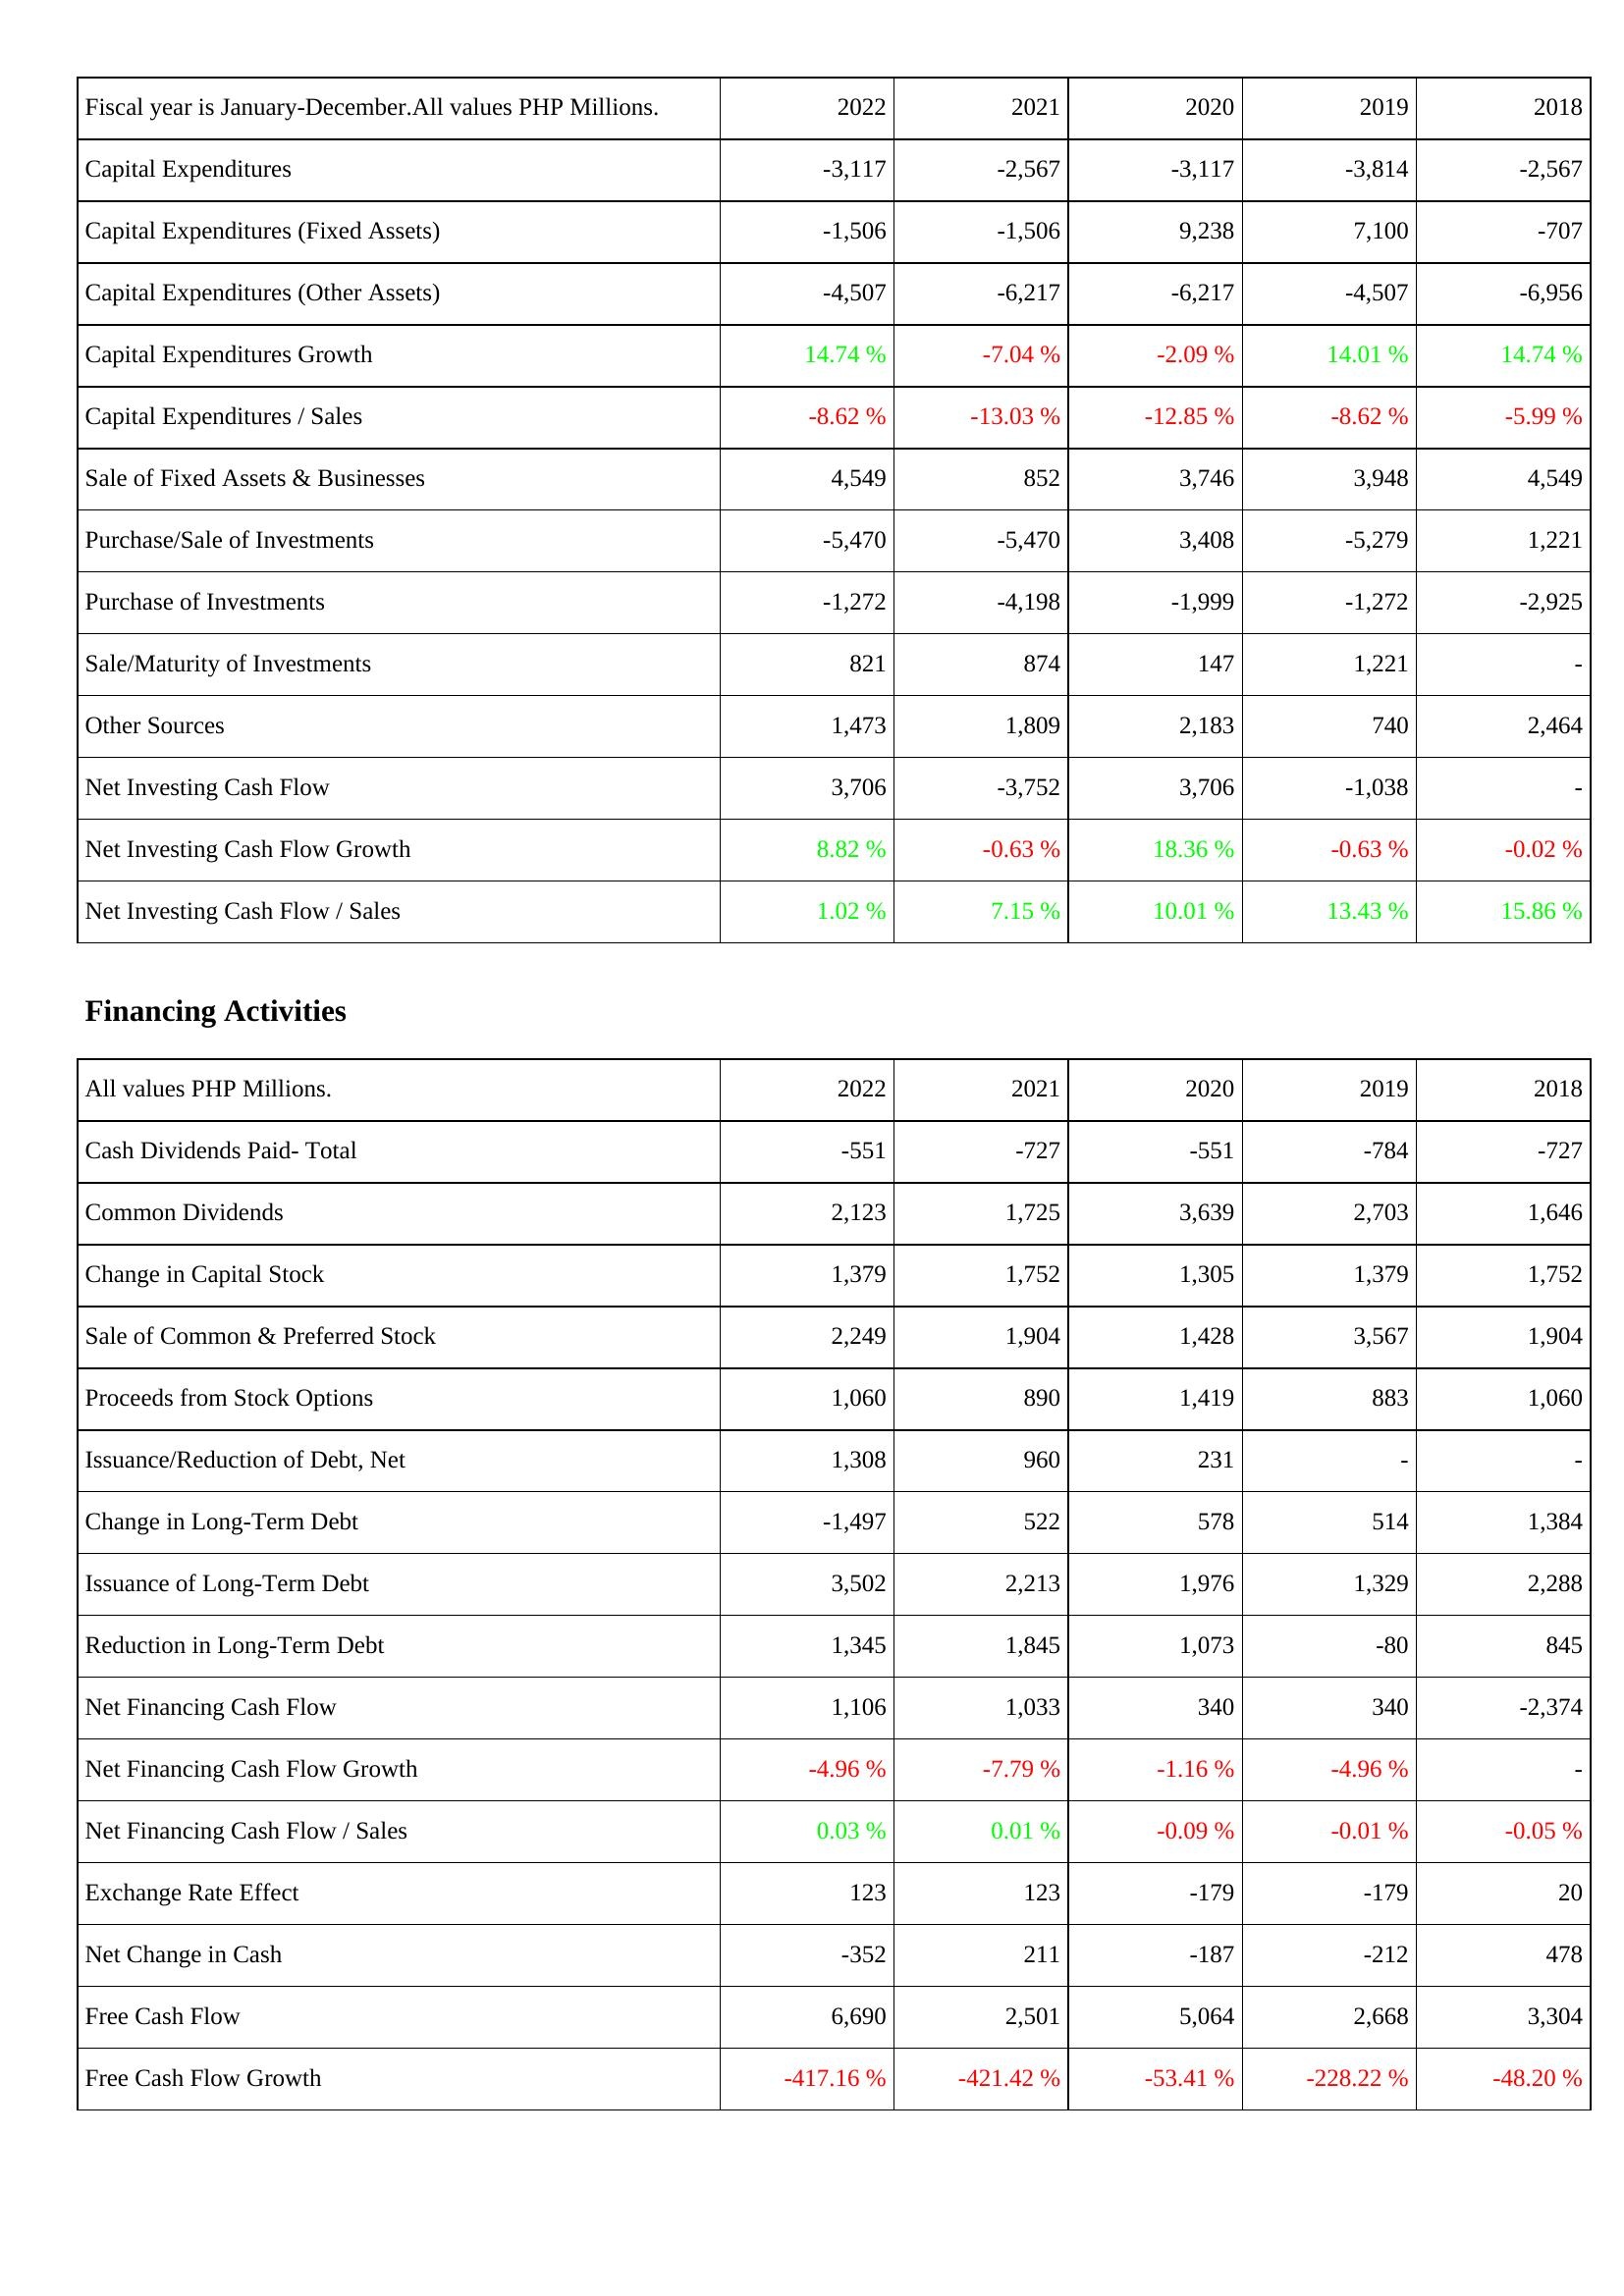
2022: Investing Activities: Capital Expenditures: -3,117
Capital Expenditures (Fixed Assets): -1,506
Capital Expenditures (Other Assets): -4,507
Capital Expenditures Growth: 14.74 %
Capital Expenditures / Sales: -8.62 %
Sale of Fixed Assets & Businesses: 4,549
Purchase/Sale of Investments: -5,470
Purchase of Investments: -1,272
Sale/Maturity of Investments: 821
Other Sources: 1,473
Net Investing Cash Flow: 3,706
Net Investing Cash Flow Growth: 8.82 %
Net Investing Cash Flow / Sales: 1.02 %
Financing Activities: Cash Dividends Paid- Total: -551
Common Dividends: 2,123
Change in Capital Stock: 1,379
Sale of Common & Preferred Stock: 2,249
Proceeds from Stock Options: 1,060
Issuance/Reduction of Debt, Net: 1,308
Change in Long-Term Debt: -1,497
Issuance of Long-Term Debt: 3,502
Reduction in Long-Term Debt: 1,345
Net Financing Cash Flow: 1,106
Net Financing Cash Flow Growth: -4.96 %
Net Financing Cash Flow / Sales: 0.03 %
Exchange Rate Effect: 123
Net Change in Cash: -352
Free Cash Flow: 6,690
Free Cash Flow Growth: -417.16 %
2021: Investing Activities: Capital Expenditures: -2,567
Capital Expenditures (Fixed Assets): -1,506
Capital Expenditures (Other Assets): -6,217
Capital Expenditures Growth: -7.04 %
Capital Expenditures / Sales: -13.03 %
Sale of Fixed Assets & Businesses: 852
Purchase/Sale of Investments: -5,470
Purchase of Investments: -4,198
Sale/Maturity of Investments: 874
Other Sources: 1,809
Net Investing Cash Flow: -3,752
Net Investing Cash Flow Growth: -0.63 %
Net Investing Cash Flow / Sales: 7.15 %
Financing Activities: Cash Dividends Paid- Total: -727
Common Dividends: 1,725
Change in Capital Stock: 1,752
Sale of Common & Preferred Stock: 1,904
Proceeds from Stock Options: 890
Issuance/Reduction of Debt, Net: 960
Change in Long-Term Debt: 522
Issuance of Long-Term Debt: 2,213
Reduction in Long-Term Debt: 1,845
Net Financing Cash Flow: 1,033
Net Financing Cash Flow Growth: -7.79 %
Net Financing Cash Flow / Sales: 0.01 %
Exchange Rate Effect: 123
Net Change in Cash: 211
Free Cash Flow: 2,501
Free Cash Flow Growth: -421.42 %
2020: Investing Activities: Capital Expenditures: -3,117
Capital Expenditures (Fixed Assets): 9,238
Capital Expenditures (Other Assets): -6,217
Capital Expenditures Growth: -2.09 %
Capital Expenditures / Sales: -12.85 %
Sale of Fixed Assets & Businesses: 3,746
Purchase/Sale of Investments: 3,408
Purchase of Investments: -1,999
Sale/Maturity of Investments: 147
Other Sources: 2,183
Net Investing Cash Flow: 3,706
Net Investing Cash Flow Growth: 18.36 %
Net Investing Cash Flow / Sales: 10.01 %
Financing Activities: Cash Dividends Paid- Total: -551
Common Dividends: 3,639
Change in Capital Stock: 1,305
Sale of Common & Preferred Stock: 1,428
Proceeds from Stock Options: 1,419
Issuance/Reduction of Debt, Net: 231
Change in Long-Term Debt: 578
Issuance of Long-Term Debt: 1,976
Reduction in Long-Term Debt: 1,073
Net Financing Cash Flow: 340
Net Financing Cash Flow Growth: -1.16 %
Net Financing Cash Flow / Sales: -0.09 %
Exchange Rate Effect: -179
Net Change in Cash: -187
Free Cash Flow: 5,064
Free Cash Flow Growth: -53.41 %
2019: Investing Activities: Capital Expenditures: -3,814
Capital Expenditures (Fixed Assets): 7,100
Capital Expenditures (Other Assets): -4,507
Capital Expenditures Growth: 14.01 %
Capital Expenditures / Sales: -8.62 %
Sale of Fixed Assets & Businesses: 3,948
Purchase/Sale of Investments: -5,279
Purchase of Investments: -1,272
Sale/Maturity of Investments: 1,221
Other Sources: 740
Net Investing Cash Flow: -1,038
Net Investing Cash Flow Growth: -0.63 %
Net Investing Cash Flow / Sales: 13.43 %
Financing Activities: Cash Dividends Paid- Total: -784
Common Dividends: 2,703
Change in Capital Stock: 1,379
Sale of Common & Preferred Stock: 3,567
Proceeds from Stock Options: 883
Issuance/Reduction of Debt, Net: -
Change in Long-Term Debt: 514
Issuance of Long-Term Debt: 1,329
Reduction in Long-Term Debt: -80
Net Financing Cash Flow: 340
Net Financing Cash Flow Growth: -4.96 %
Net Financing Cash Flow / Sales: -0.01 %
Exchange Rate Effect: -179
Net Change in Cash: -212
Free Cash Flow: 2,668
Free Cash Flow Growth: -228.22 %
2018: Investing Activities: Capital Expenditures: -2,567
Capital Expenditures (Fixed Assets): -707
Capital Expenditures (Other Assets): -6,956
Capital Expenditures Growth: 14.74 %
Capital Expenditures / Sales: -5.99 %
Sale of Fixed Assets & Businesses: 4,549
Purchase/Sale of Investments: 1,221
Purchase of Investments: -2,925
Sale/Maturity of Investments: -
Other Sources: 2,464
Net Investing Cash Flow: -
Net Investing Cash Flow Growth: -0.02 %
Net Investing Cash Flow / Sales: 15.86 %
Financing Activities: Cash Dividends Paid- Total: -727
Common Dividends: 1,646
Change in Capital Stock: 1,752
Sale of Common & Preferred Stock: 1,904
Proceeds from Stock Options: 1,060
Issuance/Reduction of Debt, Net: -
Change in Long-Term Debt: 1,384
Issuance of Long-Term Debt: 2,288
Reduction in Long-Term Debt: 845
Net Financing Cash Flow: -2,374
Net Financing Cash Flow Growth: -
Net Financing Cash Flow / Sales: -0.05 %
Exchange Rate Effect: 20
Net Change in Cash: 478
Free Cash Flow: 3,304
Free Cash Flow Growth: -48.20 %